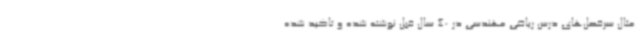
مثال سرفصل‌های درس ریاضی مهندسی در 40 سال قبل نوشته شده و تاکید شده